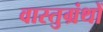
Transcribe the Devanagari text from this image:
वास्तुग्रंथों